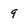
Character: 9